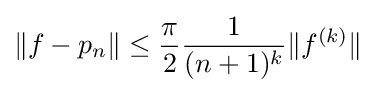
\lVert f-p_{n}\rVert \leq {\frac {\pi }{2}}{\frac {1}{(n+1)^{k}}}\lVert f^{(k)}\rVert